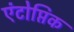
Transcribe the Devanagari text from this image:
एंटोप्तिक